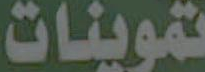
تموينات